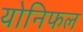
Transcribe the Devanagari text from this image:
योनिफल